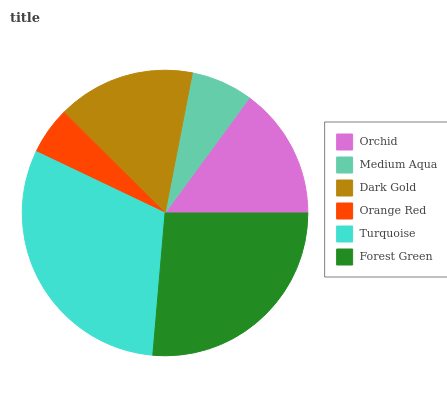
| Orchid | Medium Aqua | Dark Gold | Orange Red | Turquoise | Forest Green |
 | --- | --- | --- | --- | --- | --- |
 | 14.9% | 7% | 15.6% | 5.38% | 30.7% | 26.4% |